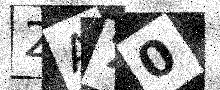
Text: 2A70